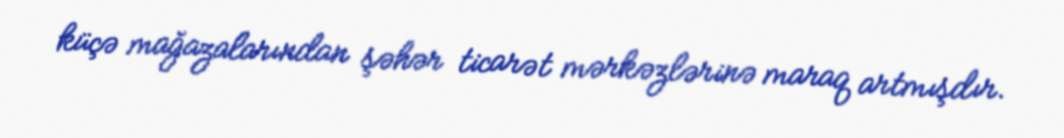
küçə mağazalarından şəhər ticarət mərkəzlərinə maraq artmışdır.